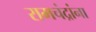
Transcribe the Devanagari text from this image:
रामचंद्रांना